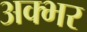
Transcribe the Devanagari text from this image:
अक्भर